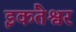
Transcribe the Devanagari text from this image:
इकंतेश्वर